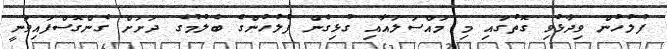
ފުލުހުން ވިދާޅުވި ގޮތުގައި މި މައްސަލައާއި ގުޅިގެން ފުލުހުންގެ ބެލުމުގެ ދަށަށް ގެންގޮސްފައިވަނީ